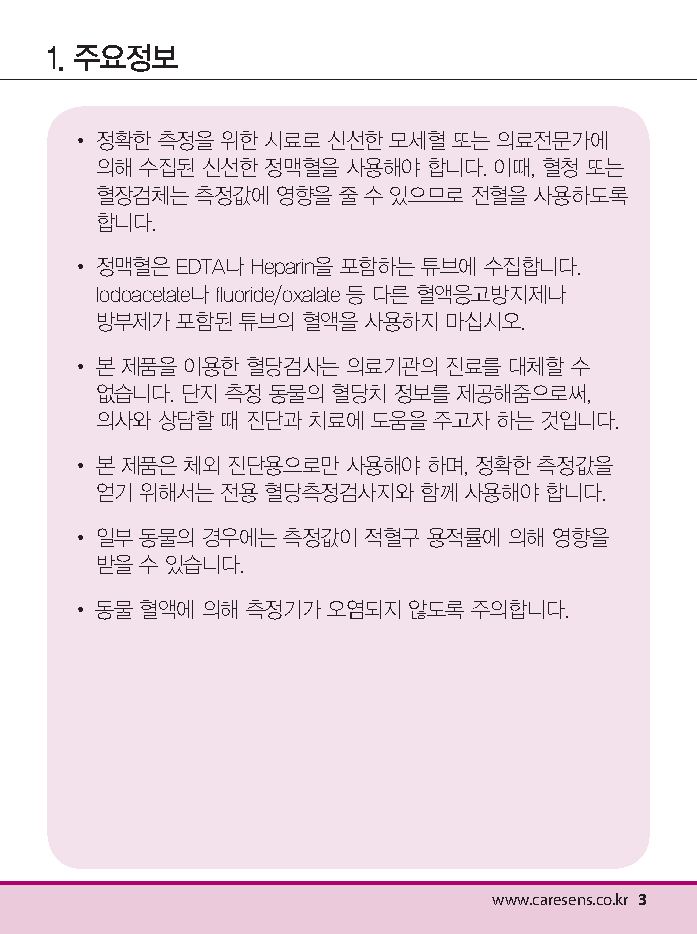
1. 주요정보
 • 정 확한 측정을 위한 시료로 신선한 모세혈 또는 의료전문가에
 의해 수집된 신선한  정맥혈을 사용해야 합니다. 이때, 혈청 또는
 혈장검체는  측정값에 영향을 줄 수 있으므로 전혈을 사용하도록
 합니다.
 • 정 맥혈은 EDTA나 Heparin을 포함하는 튜브에 수집합니다.
 Iodoacetate나 fluoride/oxalate 등 다른 혈액응고방지제나
 방부제가  포함된 튜브의 혈액을 사용하지  마십시오.
 • 본 제품을 이용한 혈당검사는 의료기관의  진료를 대체할 수
 없습니다. 단지 측정 동물의 혈당치 정보를 제공해줌으로써,
 의사와  상담할 때 진단과 치료에 도움을 주고자 하는 것입니다.
 • 본 제품은 체외 진단용으로만 사용해야 하며, 정확한 측정값을
 얻기 위해서는  전용 혈당측정검사지와  함께 사용해야 합니다.
 • 일 부 동물의 경우에는 측정값이 적혈구 용적률에 의해 영향을
 받을 수 있습니다.
 • 동물 혈액에 의해 측정기가 오염되지 않도록 주의합니다.
 www.caresens.co.kr 3